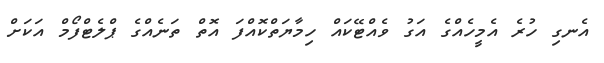
އެނގި ހުރެ އެމީހެއްގެ އަގު ވެއްޓޭކައް ހިމާޔަތްކޮއްފަ އޮތް ތަނެއްގެ ޕްލެޓްފޯމް އަކަށް